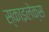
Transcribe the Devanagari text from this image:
स्काइलेक्स